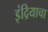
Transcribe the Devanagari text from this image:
इंद्रियाचा